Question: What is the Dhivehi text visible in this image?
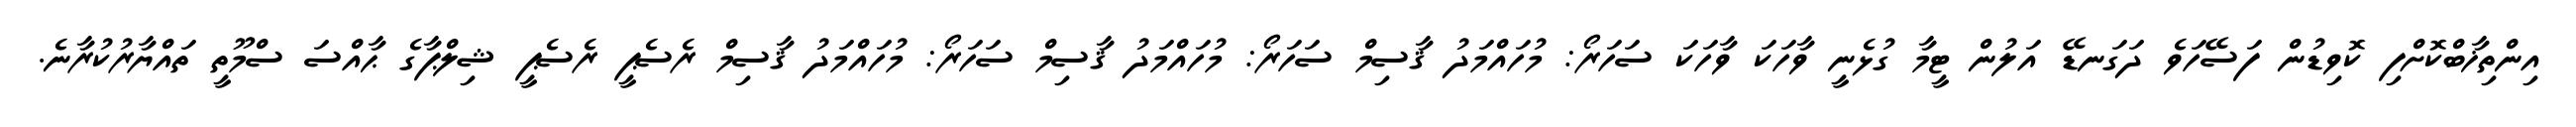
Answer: އިންތިޚާބްކޮށްފި ކޮވިޑުން ފަސޭހަވެ ދަގަނޑޭ އަލުން ޓީމާ ގުޅެނީ ވާހަކަ ވާހަކަ ސަހަރޯ: މުހައްމަދު ޤާސިމް ސަހަރޯ: މުހައްމަދު ޤާސިމް ސަހަރޯ: މުހައްމަދު ޤާސިމް ރެސެޕީ ރެސެޕީ ޝިލްޕާގެ ޙާއްސަ ސްމޫތީ ތައްޔާރުކުރާނެ.